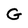
Character: G